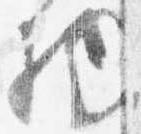
物